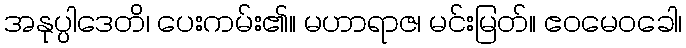
အနုပ္ပါဒေတိ၊ ပေးကမ်း၏။ မဟာရာဇ၊ မင်းမြတ်။ ဧဝမေဝခေါ၊